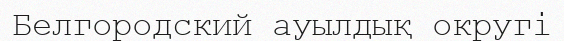
Белгородский ауылдық округі